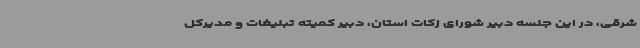
شرقی، در این جلسه دبیر شورای زکات استان، دبیر کمیته تبلیغات و مدیرکل